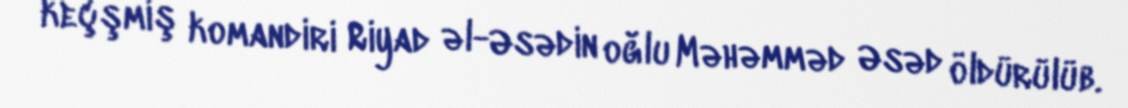
keçşmiş komandiri Riyad əl-Əsədin oğlu Məhəmməd Əsəd öldürülüb.